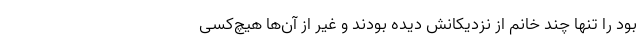
بود را تنها چند خانم از نزدیکانش دیده بودند و غیر از آن‌ها هیچ‌کسی